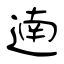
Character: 遖